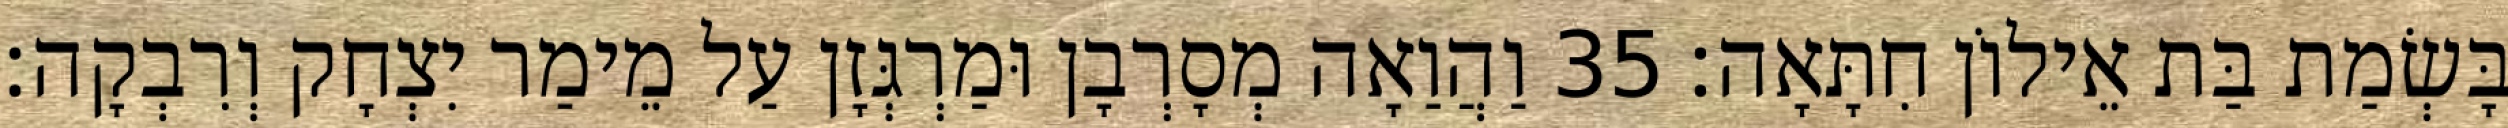
בָּשְׂמַת בַּת אֵילוֹן חִתָּאָה׃ 35 וַהֲוַאָה מְסָרְבָן וּמַרְגְּזָן עַל מֵימַר יִצְחָק וְרִבְקָה׃